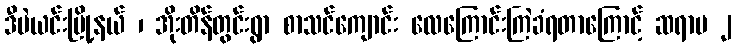
ဒီပဲယင်းမြို့နယ် ၊ အိုးတိန်တွင်းရွာ စာသင်ကျောင်း လေကြောင်းကြဲခံရတာကြောင့် ဆရာမ ၂